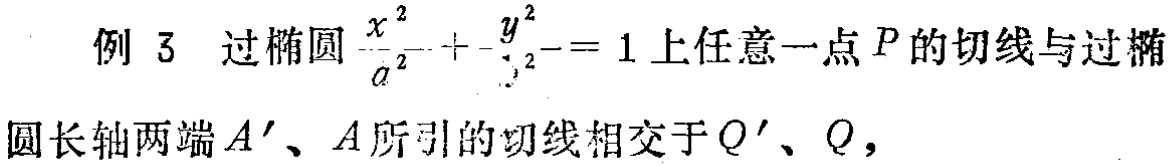
例 3 过椭圆$\frac{x^{2}}{a^{2}}+\frac{y^{2}}{b^{2}} = 1$上任意一点$P$的切线与过椭圆长轴两端$A'$、$A$所引的切线相交于$Q'$、$Q$，